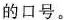
的口号。